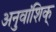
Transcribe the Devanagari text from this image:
अनुवांशिक्